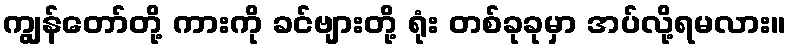
ကျွန်တော်တို့ ကားကို ခင်ဗျားတို့ ရုံး တစ်ခုခုမှာ အပ်လို့ရမလား။